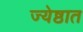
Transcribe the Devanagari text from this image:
ज्येष्ठात